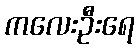
ကလေးဦးရေ